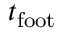
t _ { \mathrm { f o o t } }